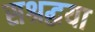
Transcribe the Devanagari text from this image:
सश्रद्धया